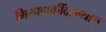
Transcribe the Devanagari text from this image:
मिरवणुकींदरम्यान